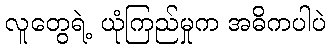
လူတွေရဲ့ ယုံကြည်မှုက အဓိကပါပဲ